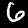
Label: 6